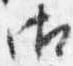
御